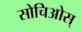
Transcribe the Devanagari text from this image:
सोचिओस्